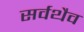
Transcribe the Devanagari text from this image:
सर्वथैव